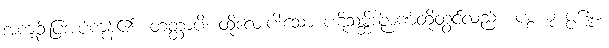
အကျဉ်းပြအပ်ကုန်၏။ တတ္ထာပိ၊ ထိုလေးပါးသော ပဋိသမ္ဘိဒါဉာဏ်တို့တွင်လည်း။ ပစ္စယု ပ္ပန္နော၊